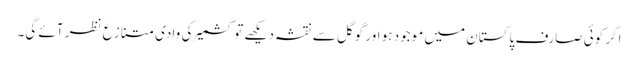
اگر کوئی صارف پاکستان میں موجود ہو اور گوگل سے نقشہ دیکھے تو کشمیر کی وادی متنازع نظر آئے گی۔